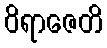
ဝိရာဇေတိ